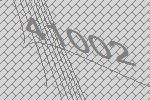
41002